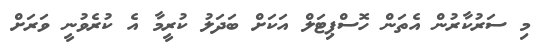
މި ސަރުކާރުން އެތަން ހޮސްޕިޓަލް އަކަށް ބަދަލު ކުރީމާ އެ ކުރެވުނީ ވަރަށް